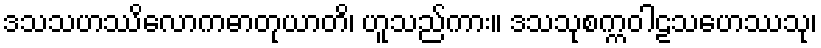
ဒသသဟဿိလောကဓာတုယာတိ၊ ဟူသည်ကား။ ဒသသုစက္ကဝါဠသဟေဿသု၊